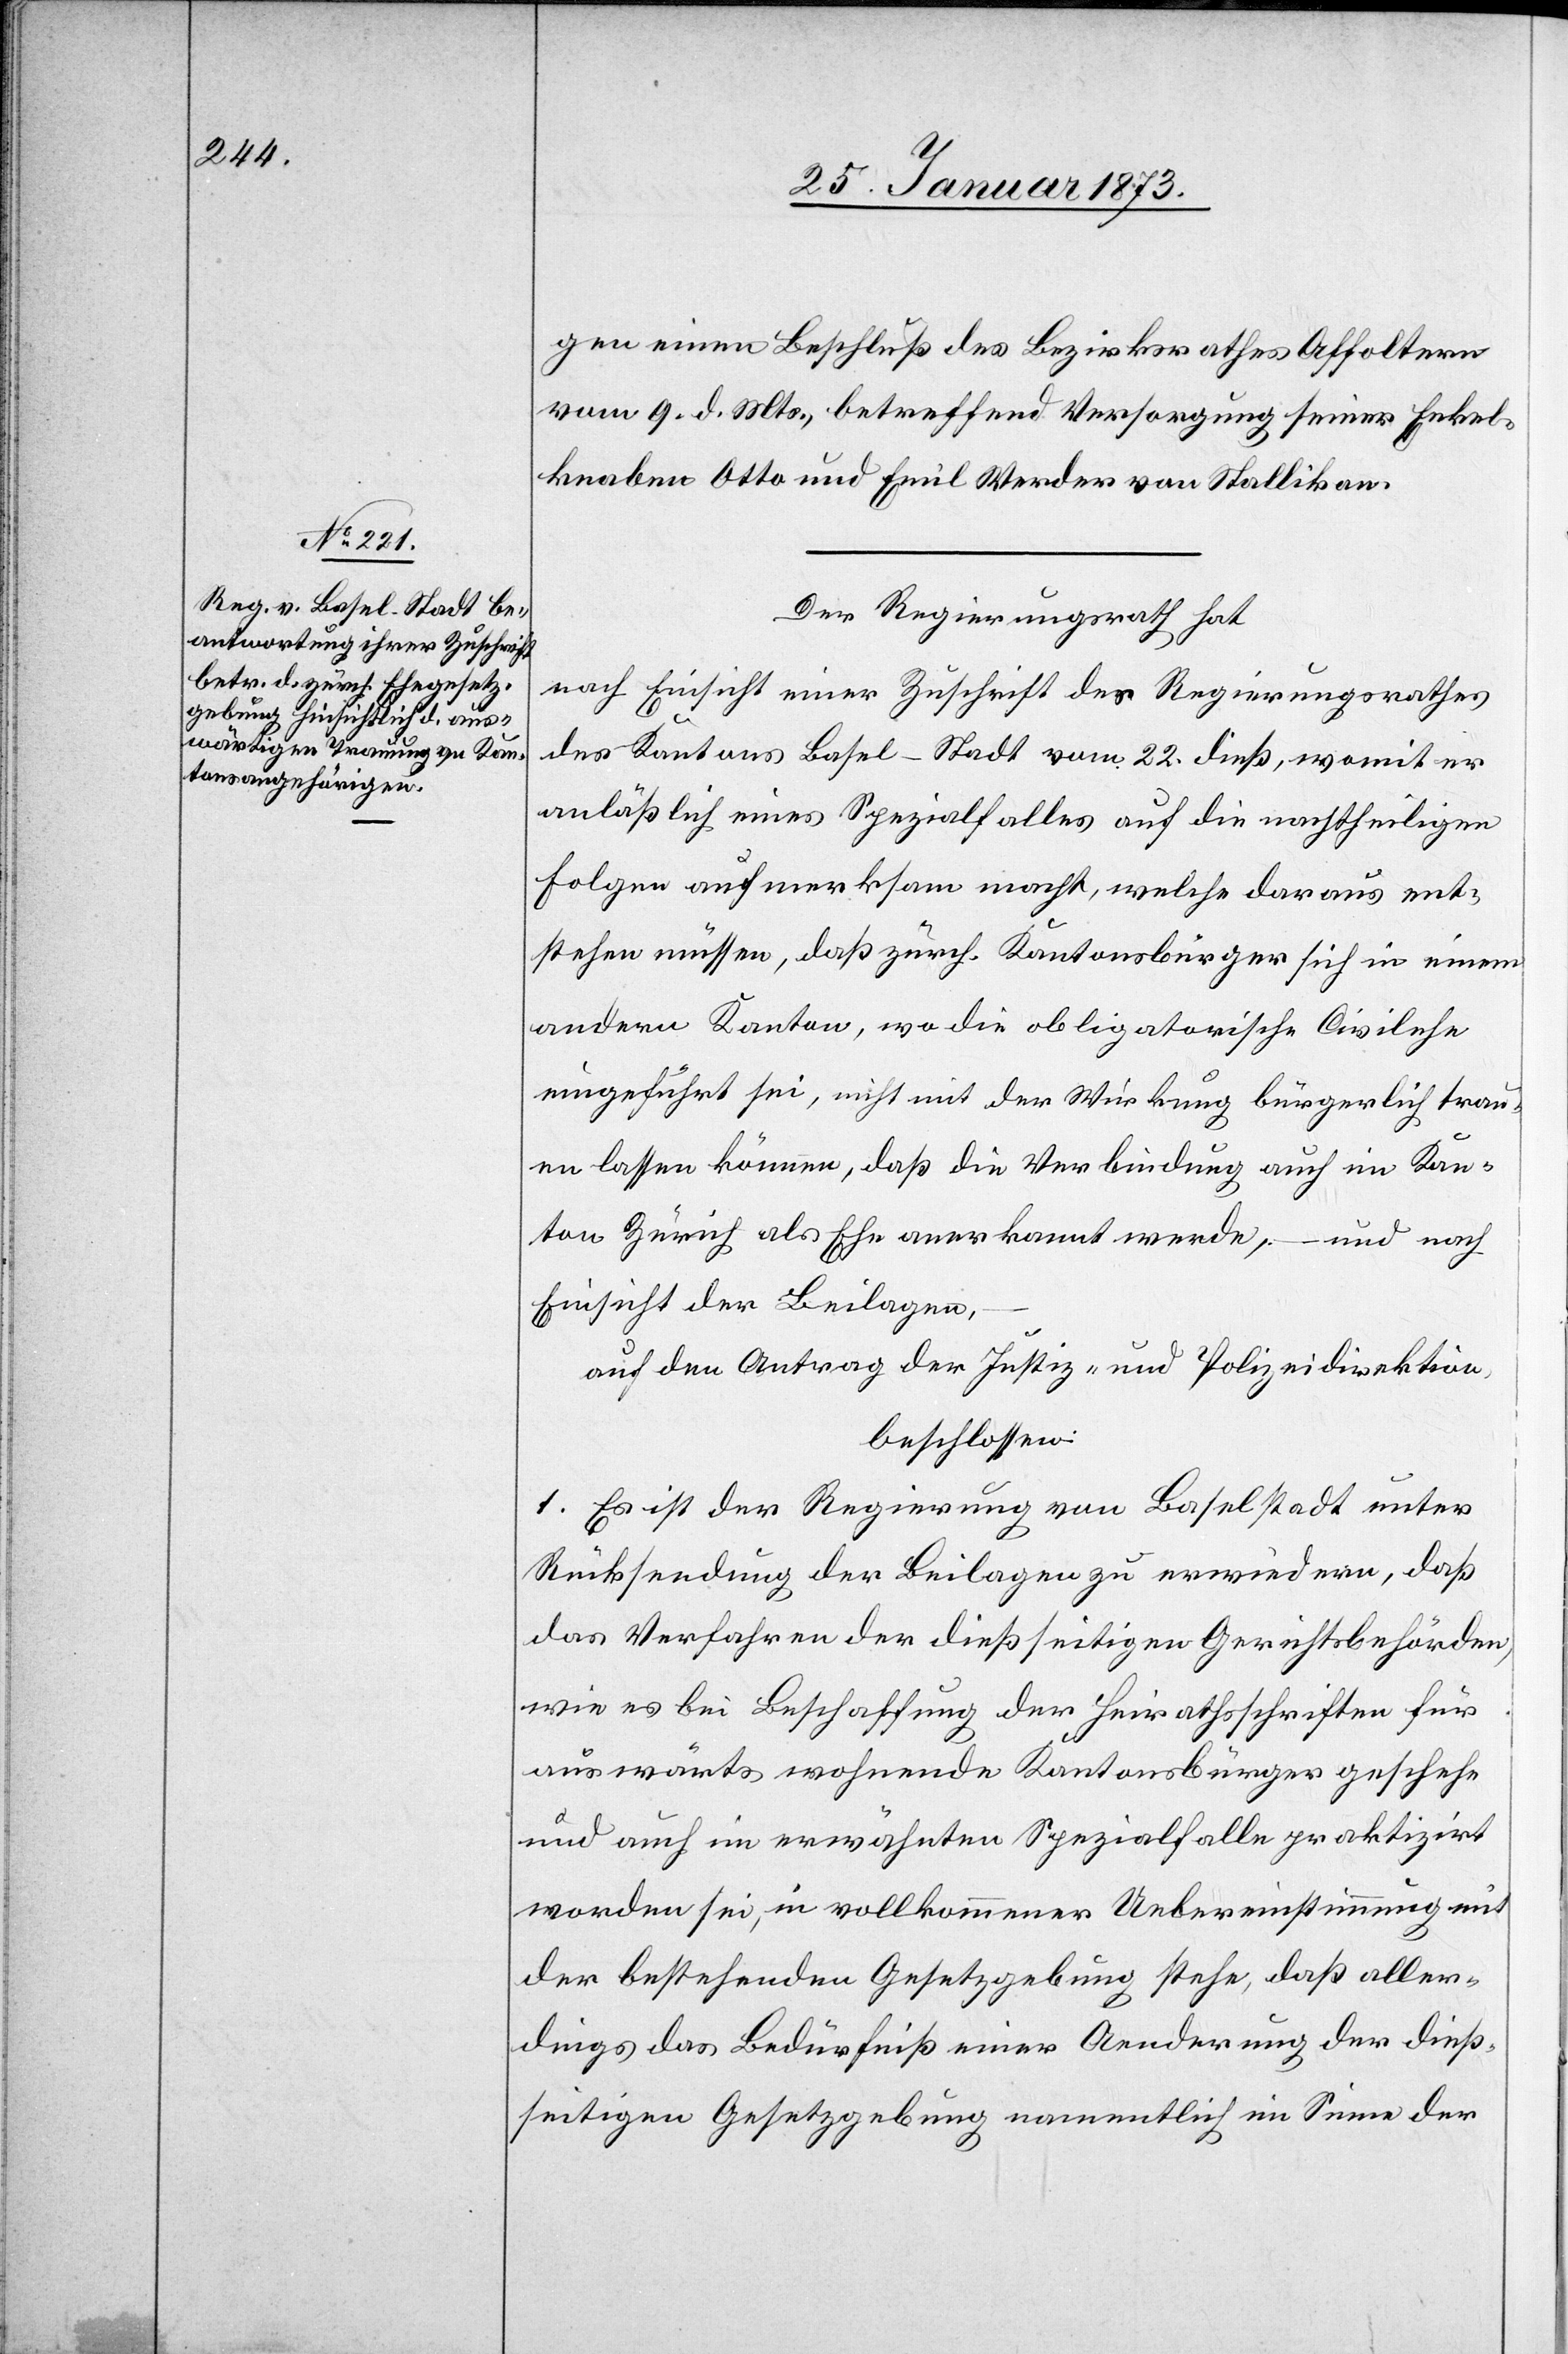
27. Januar 1873.]
gen einen Beschluß des Bezirksrathes Affoltern
vom 9. d. Mts., betreffend Versorgung seiner Enkel¬
knaben Otto und Emil Werder von Stallikon.
Der Regierungsrath hat
nach Einsicht einer Zuschrift des Regierungsrathes
des Kantons Basel-Stadt vom 22. dieß, womit er
anläßlich eines Spezialfalles auf die nachtheiligen
Folgen aufmerksam macht, welche daraus ent¬
stehen müssen, daß zürch. Kantonsbürger sich in einem
andern Kanton, wo die obligatorische Civilehe
eingeführt sei, nicht mit der Wirkung bürgerlich trau¬
en lassen können, da die Verbindung auch im Kan¬
ton Zürich als Ehe anerkannt werde, – und nach
Einsicht der Beilagen,
auf den Antrag der Justiz- und Polizeidirektion,
beschlossen:
1. Es ist der Regierung von Baselstadt unter
Rücksendung der Beilagen zu erwiedern, daß
das Verfahren der dießseitigen Gerichtsbehörden,
wie es bei Beschaffung der Heirathsschriften für
auswärts wohnende Kantonsbürger geschehe
und auch im erwähnten Spezialfalle praktizirt
worden sei, in vollkommener Uebereinstimmung mit
der bestehenden Gesetzgebung stehe, daß aller¬
dings das Bedürfniß einer Aenderung der dieß¬
seitigen Gesetzgebung namentlich im Sinne der